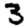
Digit: 3